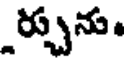
ర్చును.